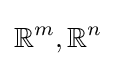
\mathbb {R} ^{m},\mathbb {R} ^{n}